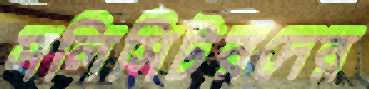
সলিসিটরদের